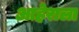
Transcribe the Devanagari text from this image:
आहेराला